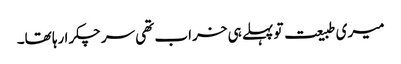
میری طبیعت تو پہلے ہی خراب تھی سر چکرا رہا تھا۔